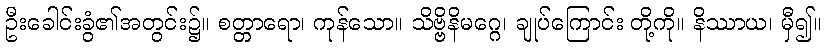
ဦးခေါင်းခွံ၏အတွင်း၌။ စတ္တာရော၊ ကုန်သော။ သိဗ္ဗိနိမဂ္ဂေ၊ ချုပ်ကြောင်း တို့ကို။ နိဿာယ၊ မှီ၍။